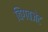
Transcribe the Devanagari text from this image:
बिगबजेट